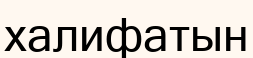
халифатын